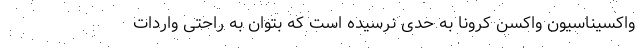
واکسیناسیون واکسن کرونا به حدی نرسیده است که بتوان به راحتی واردات